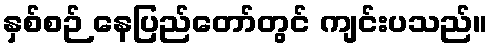
နှစ်စဉ် နေပြည်တော်တွင် ကျင်းပသည်။